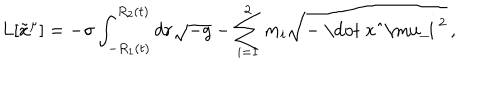
LaTeX: L [ \tilde { x } ^ { \mu } ] = - \sigma \int _ { - R _ { 1 } ( t ) } ^ { R _ { 2 } ( t ) } d r \sqrt { - g } - \sum _ { i = 1 } ^ { 2 } m _ { i } \sqrt { - \mathrm { ~ \dot { ~ } x _ { i } ^ { \ m u } ~ } ^ { 2 } } \, ,